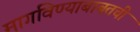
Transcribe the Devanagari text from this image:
मागविण्याबाबतची